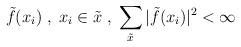
LaTeX: \begin{align*}\tilde{f}(x_i)\;,\;x_i\in\tilde{x}\;,\;\sum_{\tilde{x}}|\tilde{f}(x_i)|^2<\infty\end{align*}